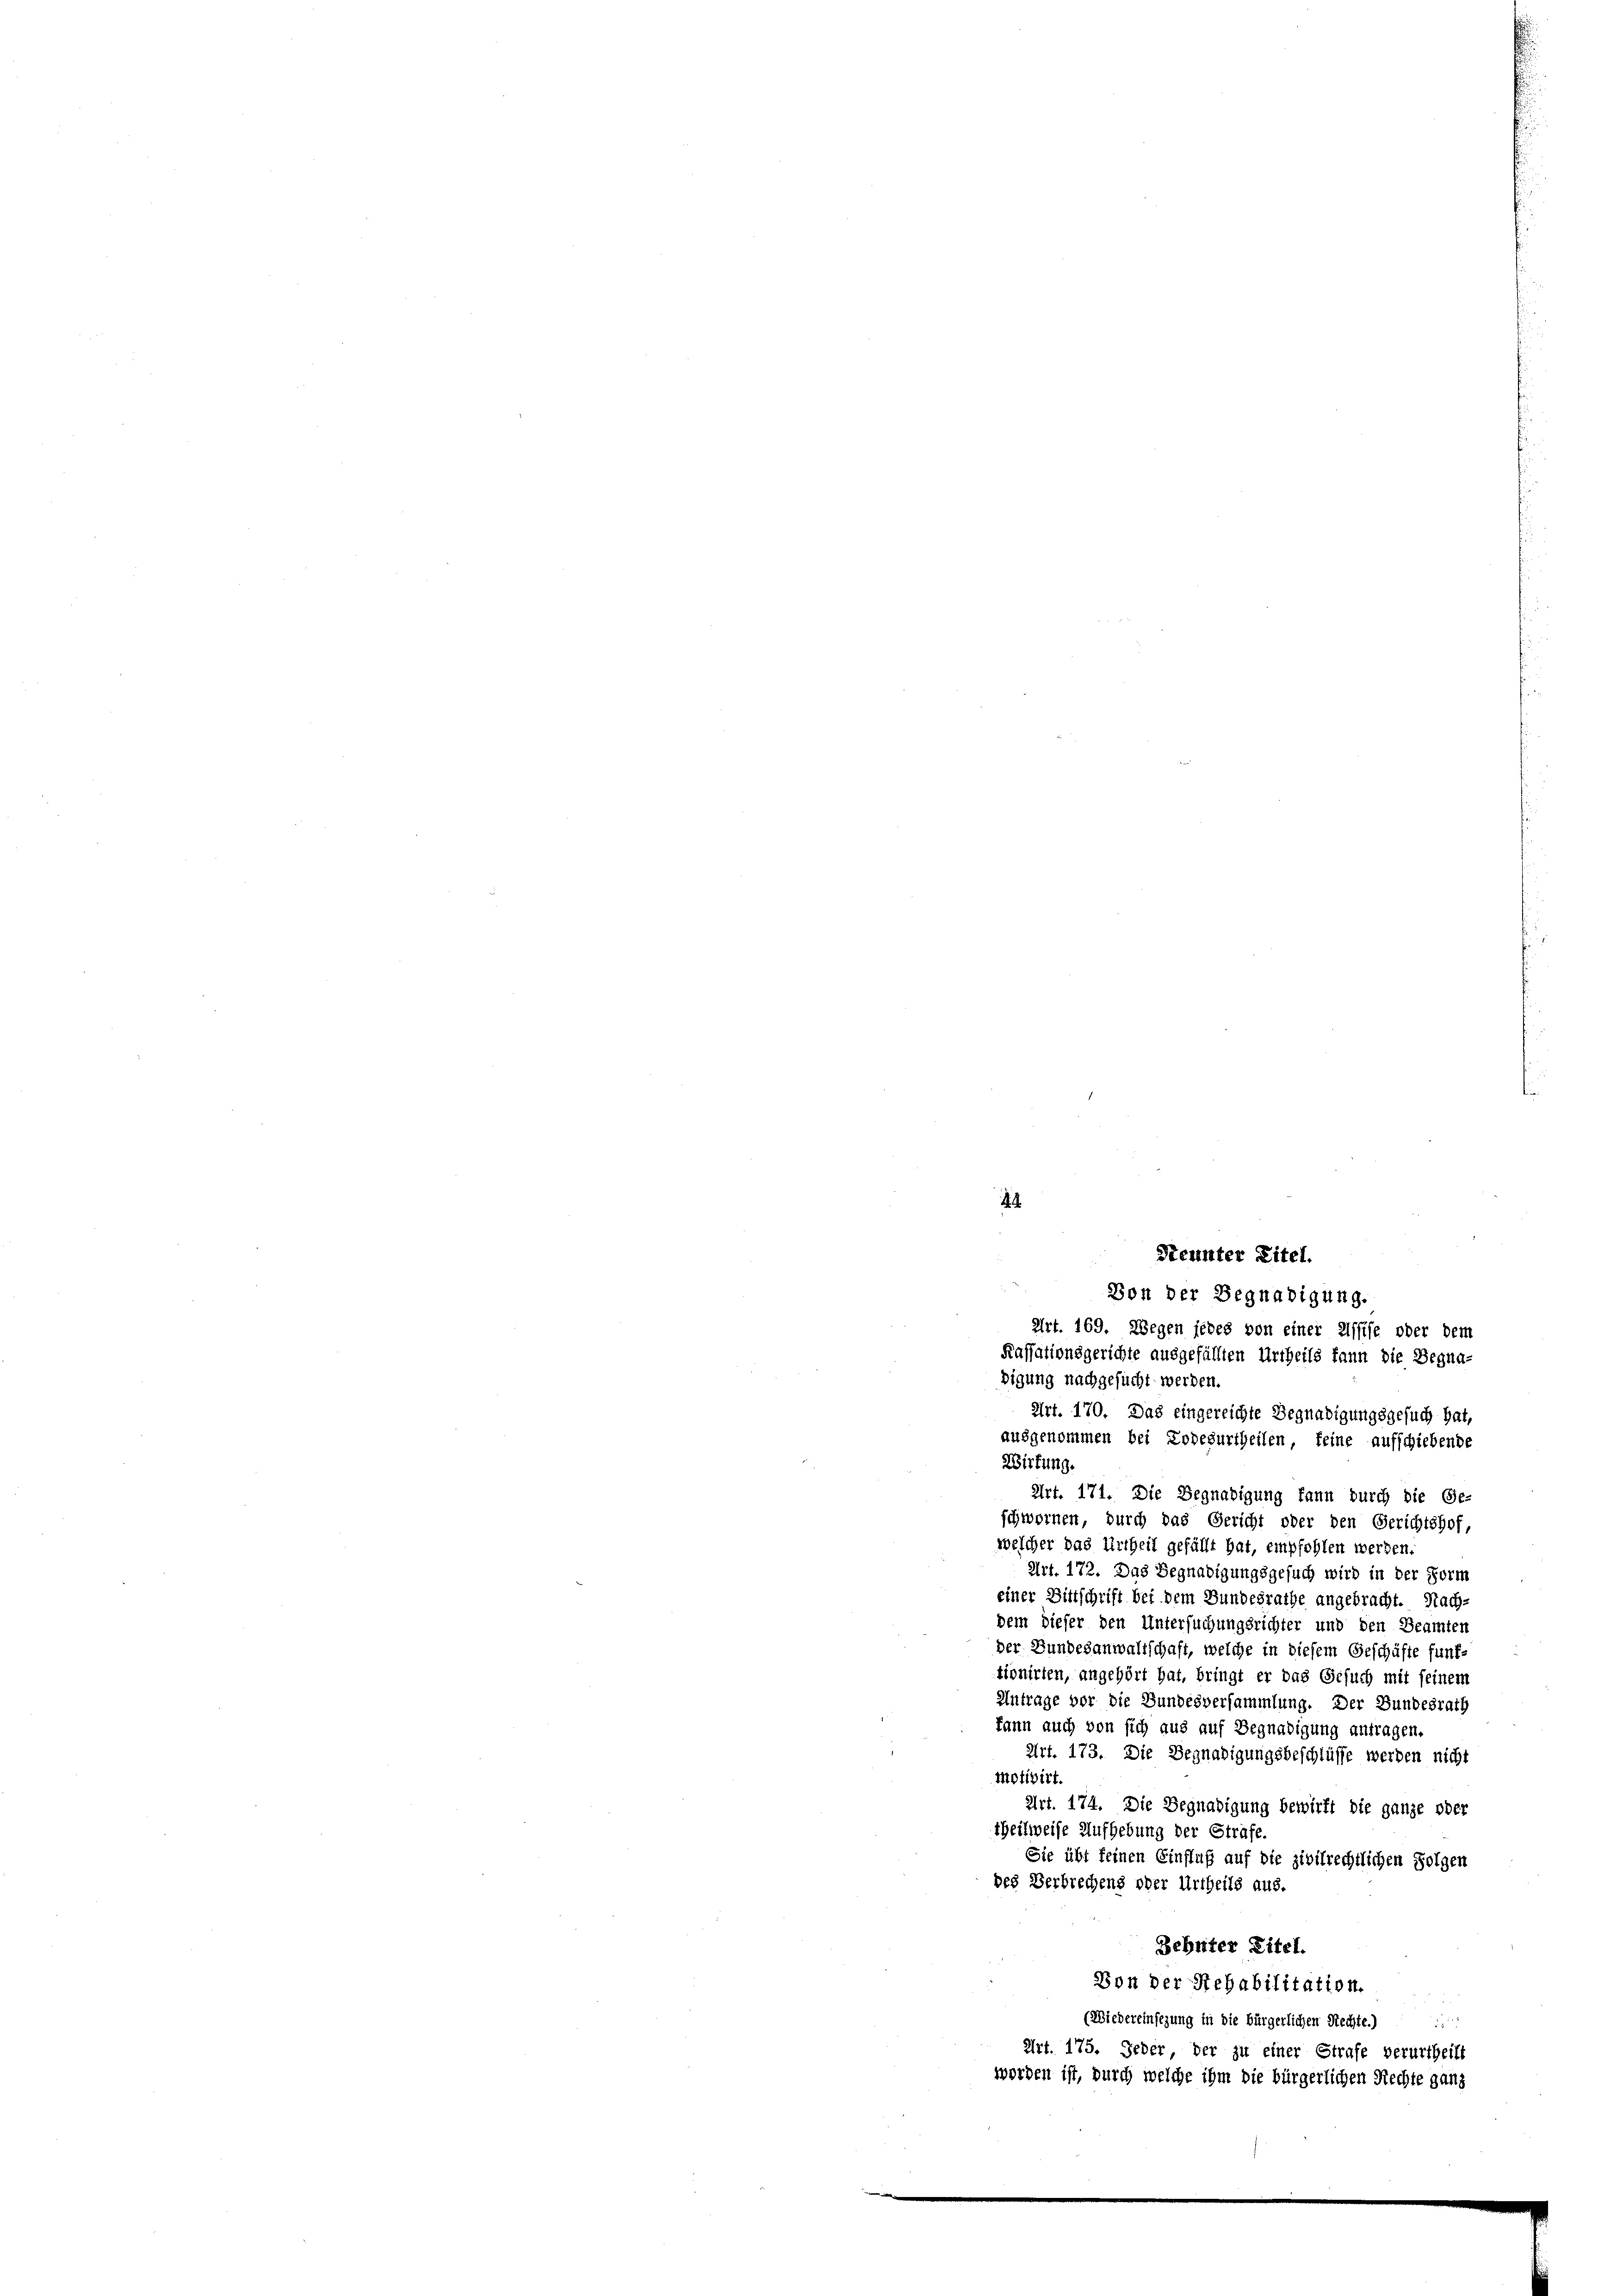
.

4
Seunter Titel.

Von der Begnadigung.
Art. 169. Wegen jedes von einer Elffise oder dem
Kassationsgerichte ausgefällten Urtheils fann die Begna-
digung nachgesucht werden.
Art. 170. Das eingereichte Begnadigungsgesuch hat,
ausgenommen bei Todesurtheilen, feine aufschiebende
Wirtung.
Art. 171. Die Begnadigung kann durch die Ge-
schwornen, durch das Gericht oder den Gerichtshof,
welcher das Urtheil gefällt hat, empfohlen werden.
Art. 172. Das Begnadigungsgesuch wird in der Form
einer Bittschrift bei dem Bundesrathe angebracht. Nach-
dem dieser den Untersuchungsrichter und den Beamten
der Bundesanwaltschaft, welche in diesem Geschäfte funf
tionirten, angehört hat, bringt er das Gesuch mit seinem
Antrage vor die Bundesversammlung. Der Bundesrath
kann auch von sich aus auf Begnadigung antragen.
Art. 173. Die Begnadigungsbeschlüsse werden nicht
motivirt.
Art. 174. Die Begnadigung bewirft die ganze oder
theilweise Aufhebung der Strafe.
Sie übt feinen Einfluß auf die zivilrechtlichen Folgen
des Verbrechens oder Urtheils aus.
Behüter Titel.
Von der Rehabilitation.
(Wiedereinsezung in die bürgerlichen Rechte.)
Art. 175. Jeder, der zu einer Strafe verurtheilt
worden ist, durch welche ihm die bürgerlichen Rechte ganz